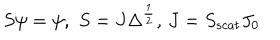
S \psi = \psi , \, \, S = J \Delta ^ { \frac { 1 } { 2 } } , \, J = S _ { s c a t } J _ { 0 }